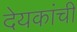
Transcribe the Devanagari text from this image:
देयकांची